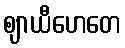
ဈာယီဟေတေ